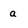
Character: a